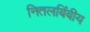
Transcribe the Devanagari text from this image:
नितलबिंबीय